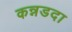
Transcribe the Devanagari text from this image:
कन्नडदा